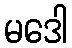
မဒေါ